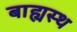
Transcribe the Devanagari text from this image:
बाह्यस्थ